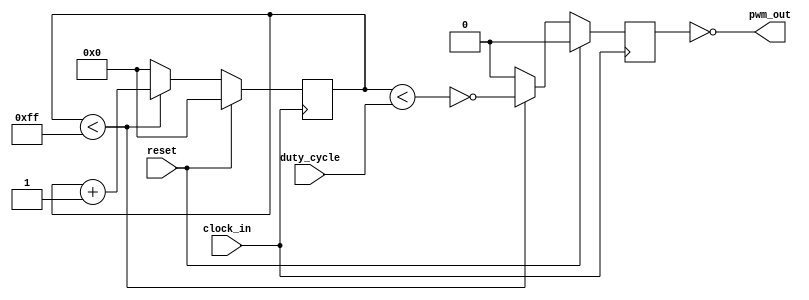
module pwm(
    input clock_in,         // Input clock on FPGA
    input reset,            // Reset signal
    input [7:0] duty_cycle, // Duty cycle of the output clock
    output pwm_out          // pwm_output signal  
);
// Divide clok by 256
// and apply duty cycle to the output 
// tangnano has 27 MHz input clock 
// so 27 MHz / 256 = 105.46875 kHz
   
 
reg [7:0] counter;

reg pwm_r;

always @(posedge clock_in) begin
    if (reset) begin
        counter <= 0;
        pwm_r     <= 0;
    end else begin
        if (counter < 255) begin
            counter <= counter + 1;
            pwm_r <= !(counter < duty_cycle);
        end else begin
            counter <= 0;
            pwm_r <= 0;
        end
    end
end

assign pwm_out = !pwm_r;

endmodule